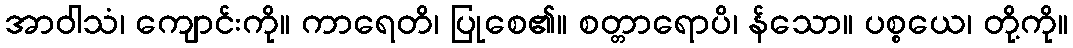
အာဝါသံ၊ ကျောင်းကို။ ကာရေတိ၊ ပြုစေ၏။ စတ္တာရောပိ၊ န်သော။ ပစ္စယေ၊ တို့ကို။